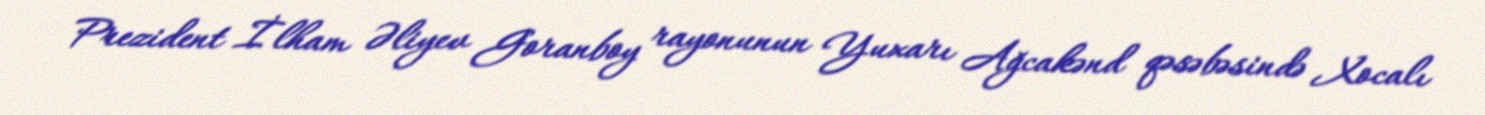
Prezident İlham Əliyev Goranboy rayonunun Yuxarı Ağcakənd qəsəbəsində Xocalı